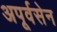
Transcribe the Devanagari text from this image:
अपूर्वसेन